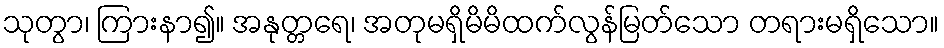
သုတွာ၊ ကြားနာ၍။ အနုတ္တရေ၊ အတုမရှိမိမိထက်လွန်မြတ်သော တရားမရှိသော။